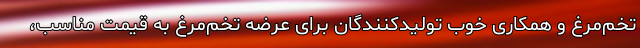
تخم‌مرغ و همکاری خوب تولیدکنندگان برای عرضه تخم‌مرغ به قیمت مناسب،